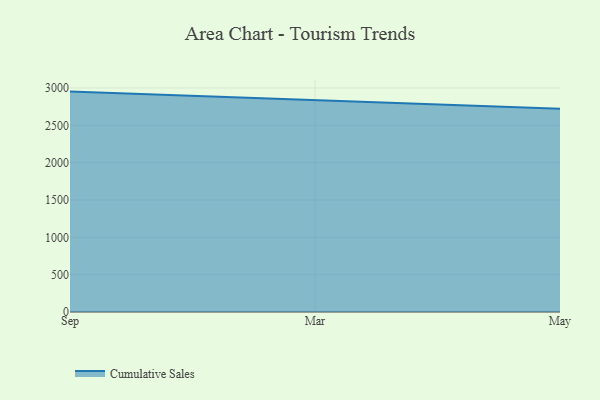
{"axis": {"x": "Month", "y": "Waste Production (Tons)"}, "legend": ["Cumulative Sales"], "data": [{"x": "Sep", "y": 2951.5, "type": "Cumulative Sales"}, {"x": "Mar", "y": 2836.9, "type": "Cumulative Sales"}, {"x": "May", "y": 2720.5, "type": "Cumulative Sales"}]}